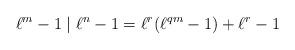
LaTeX: \begin{align*}\ell^{m} - 1 \mid \ell^{n} - 1 = \ell^{r} ( \ell^{ qm } - 1 ) + \ell^{r} - 1\end{align*}